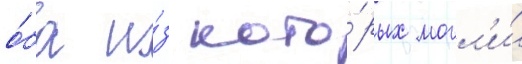
о́ба и́з кото́рых могл'и́